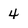
Character: 4